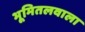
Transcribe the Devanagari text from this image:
भूमितलवाला